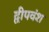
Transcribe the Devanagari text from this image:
द्वीपवंश